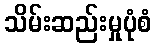
သိမ်းဆည်းမှုပုံစံ